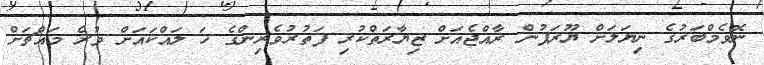
ނޮވެމްބަރުގެ ނިޔަލަށް ޔޫރަޕުން ރާއްޖެއަށް ޒިޔާރަތްކުރި ފަތުރުވެރިންގެ ހަ ލައްކައަށް ވުރެ މައްޗަށް